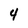
Character: 4